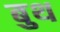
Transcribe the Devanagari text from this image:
बुथ